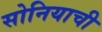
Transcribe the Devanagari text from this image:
सोनियाची